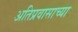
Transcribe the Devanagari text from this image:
अतिप्रवासाच्या